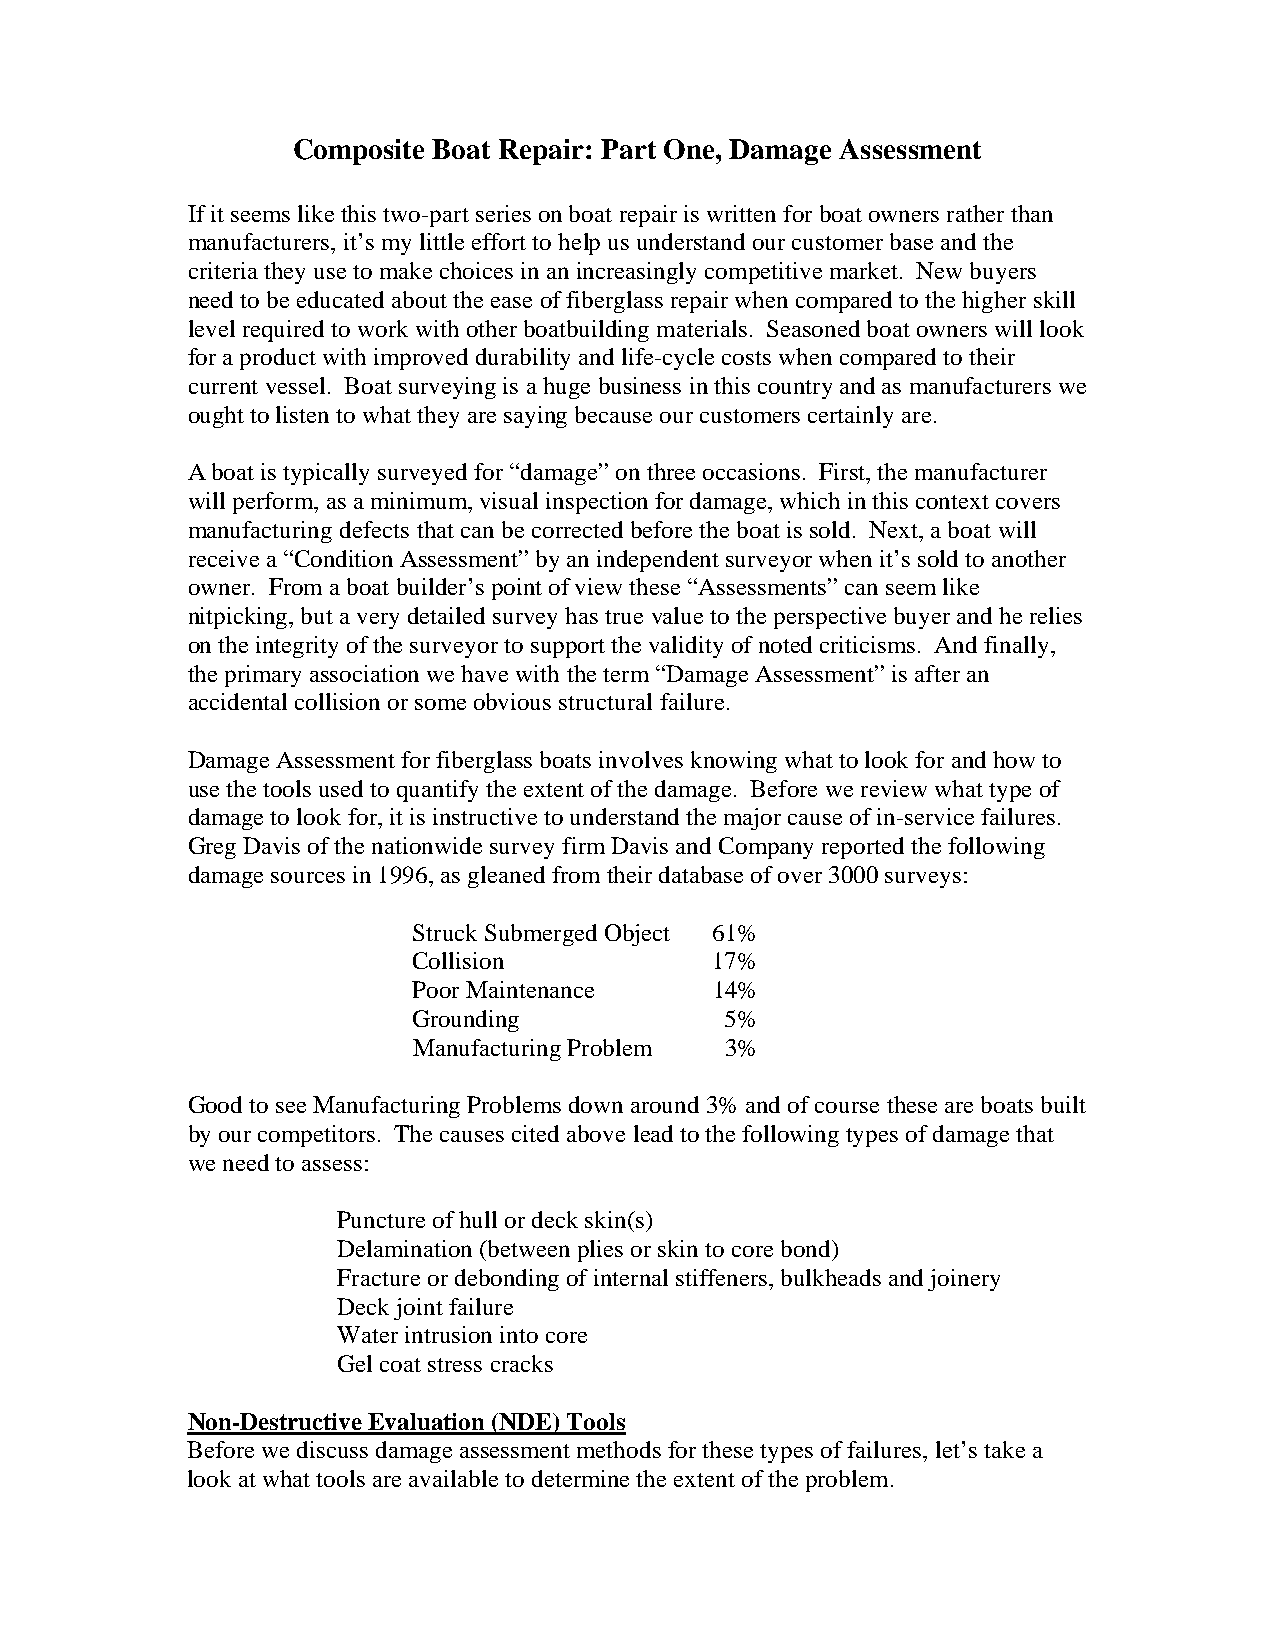
Composite Boat Repair: Part One, Damage Assessment
 If it seems like this two-part series on boat repair is written for boat owners rather than
 manufacturers, it’s my little effort to help us understand our customer base and the
 criteria they use to make choices in an increasingly competitive market. New buyers
 need to be educated about the ease of fiberglass repair when compared to the higher skill
 level required to work with other boatbuilding materials. Seasoned boat owners will look
 for a product with improved durability and life-cycle costs when compared to their
 current vessel. Boat surveying is a huge business in this country and as manufacturers we
 ought to listen to what they are saying because our customers certainly are.
 A boat is typically surveyed for “damage” on three occasions. First, the manufacturer
 will perform, as a minimum, visual inspection for damage, which in this context covers
 manufacturing defects that can be corrected before the boat is sold. Next, a boat will
 receive a “Condition Assessment” by an independent surveyor when it’s sold to another
 owner. From a boat builder’s point of view these “Assessments” can seem like
 nitpicking, but a very detailed survey has true value to the perspective buyer and he relies
 on the integrity of the surveyor to support the validity of noted criticisms. And finally,
 the primary association we have with the term “Damage Assessment” is after an
 accidental collision or some obvious structural failure.
 Damage Assessment for fiberglass boats involves knowing what to look for and how to
 use the tools used to quantify the extent of the damage. Before we review what type of
 damage to look for, it is instructive to understand the major cause of in-service failures.
 Greg Davis of the nationwide survey firm Davis and Company reported the following
 damage sources in 1996, as gleaned from their database of over 3000 surveys:
 Struck Submerged Object 61%
 Collision           17%
 Poor Maintenance    14%
 Grounding            5%
 Manufacturing Problem 3%
 Good to see Manufacturing Problems down around 3% and of course these are boats built
 by our competitors. The causes cited above lead to the following types of damage that
 we need to assess:
 Puncture of hull or deck skin(s)
 Delamination (between plies or skin to core bond)
 Fracture or debonding of internal stiffeners, bulkheads and joinery
 Deck joint failure
 Water intrusion into core
 Gel coat stress cracks
 Non-Destructive Evaluation (NDE) Tools
 Before we discuss damage assessment methods for these types of failures, let’s take a
 look at what tools are available to determine the extent of the problem.